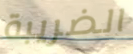
الضريبة